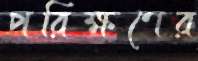
পরিক্ষণের